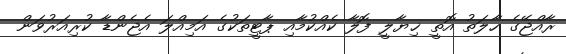
ރާއްޖޭގެ ހާލަތު އޮތީ ޚިޔާލީ ފޮލާ ކެއްކުމާއި ޕާޓީތަކުގެ އަމިއްލަ އެޖެންޑާ ކުރިއަރުވަން